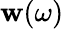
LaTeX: \mathbf{w}(\omega)